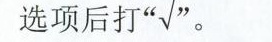
选项后打"\surd "